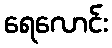
ရေလောင်း